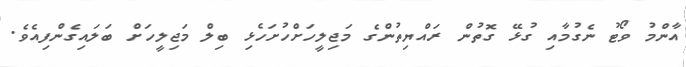
އާންމު ވޯޓު ނެގުމާއި ގުޅޭ ގޮތުން ރައްޔިތުންގެ މަޖިލީހަށްހުށަހެޅި ބިލް މަޖިލީހަށް ބަލައިގެންފިއެވެ.